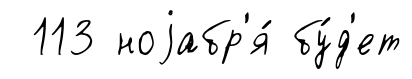
113 ноjабр'я́ бу́д'ет